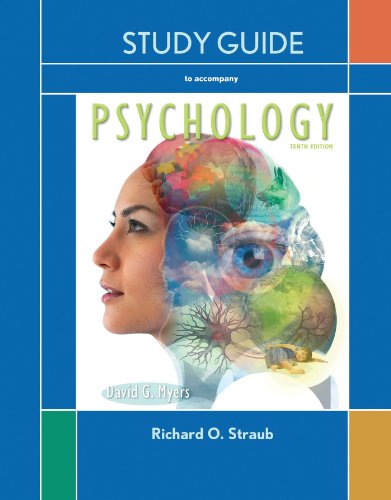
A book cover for Study Guide for Myers Psychology; Myers D.; Medical Books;